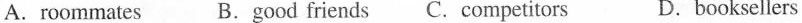
A. roommates B.good friends C.competitors D.booksellers